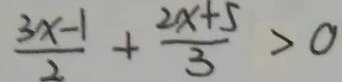
\frac { 3 x - 1 } { 2 } + \frac { 2 x + 5 } { 3 } > 0